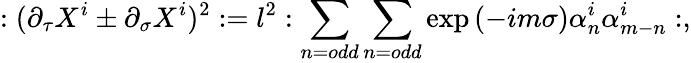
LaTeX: :(\partial_{\tau}X^{i}\pm\partial_{\sigma}X^{i})^{2}:=l^{2}:\sum_{n=odd}\sum_{n=odd}\exp{(-im\sigma)}\alpha_{n}^{i}\alpha_{m-n}^{i}:,